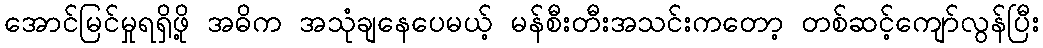
အောင်မြင်မှုရရှိဖို့ အဓိက အသုံချနေပေမယ့် မန်စီးတီးအသင်းကတော့ တစ်ဆင့်ကျော်လွန်ပြီး